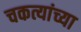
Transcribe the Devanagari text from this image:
चकत्यांच्या